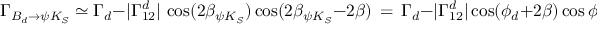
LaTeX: \Gamma _ { B _ { d } \to \psi K _ { S } } \simeq \Gamma _ { d } - | \Gamma _ { 1 2 } ^ { d } | \, \cos ( 2 \beta _ { \psi K _ { S } } ) \cos ( 2 \beta _ { \psi K _ { S } } - 2 \beta ) \, = \, \Gamma _ { d } - | \Gamma _ { 1 2 } ^ { d } | \cos ( \phi _ { d } + 2 \beta ) \cos \phi _ { d } ,